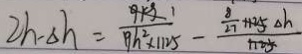
2 h - \Delta h = \frac { 9 k g 1 } { 1 9 h ^ { 2 } \times 1 1 2 5 } - \frac { \frac { 8 } { 2 7 } 1 1 2 5 \Delta h } { 1 1 2 5 }